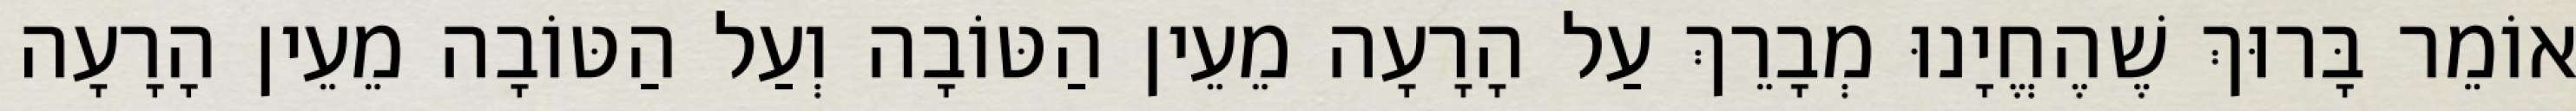
אוֹמֵר בָּרוּךְ שֶׁהֶחֱיָנוּ מְבָרֵךְ עַל הָרָעָה מֵעֵין הַטּוֹבָה וְעַל הַטּוֹבָה מֵעֵין הָרָעָה